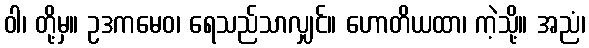
ဝါ၊ တို့မှ။ ဥဒကမေဝ၊ ရေသည်သာလျှင်။ ဟောတိယထာ၊ ကဲ့သို့။ အညံ၊